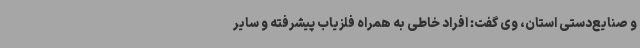
و صنایع‌دستی استان، وی گفت: افراد خاطی به همراه فلزیاب پیشرفته و سایر